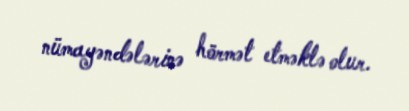
nümayəndələrinə hörmət etməklə olur.